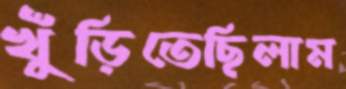
খুঁড়িতেছিলাম